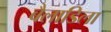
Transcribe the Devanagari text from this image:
बैलाडिला